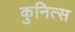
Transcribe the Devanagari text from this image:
कुनित्स